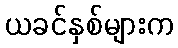
ယခင်နှစ်များက